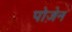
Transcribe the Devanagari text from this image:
पोज़ेन